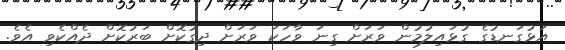
އަޅުގަނޑުގެ ގުޅައިލުމުން ވަރަށް ގިނަ ވާހަކަ ވަރަށް ދިގުކޮށް ބަރުކޮށް ދެއްކެވި އެވެ.